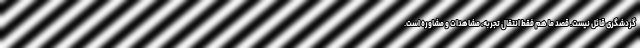
گردشگری قائل نیست. قصد ما هم فقط انتقال تجربه، مشاهدات و مشاوره است.